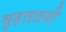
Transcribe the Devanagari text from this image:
वृहतत्रयी